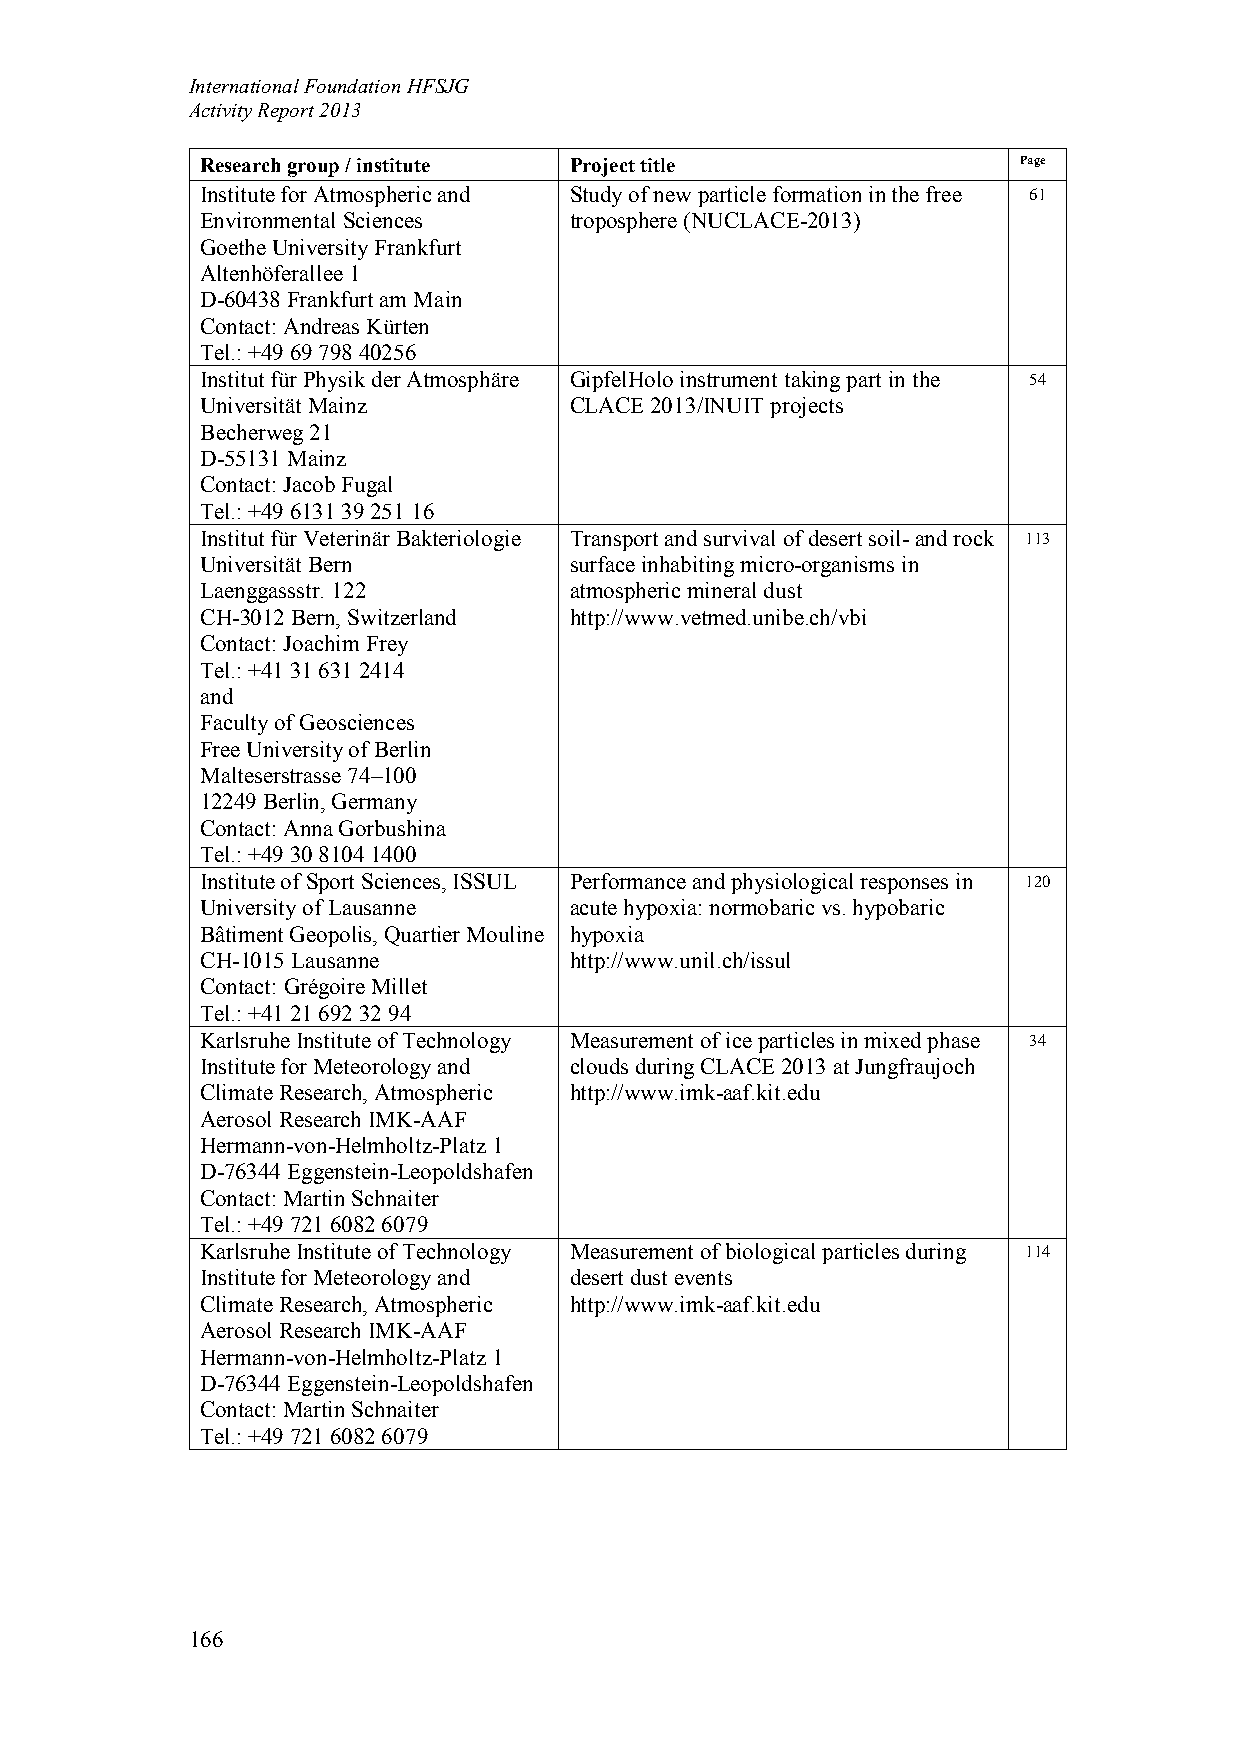
International Foundation HFSJG
 Activity Report 2013
 Research group / institute Project title              Page
 Institute for Atmospheric and Study of new particle formation in the free 61
 Environmental Sciences   troposphere (NUCLACE-2013)
 Goethe University Frankfurt
 Altenhöferallee 1
 D-60438 Frankfurt am Main
 Contact: Andreas Kürten
 Tel.: +49 69 798 40256
 Institut für Physik der Atmosphäre GipfelHolo instrument taking part in the 54
 Universität Mainz        CLACE 2013/INUIT projects
 Becherweg 21
 D-55131 Mainz
 Contact: Jacob Fugal
 Tel.: +49 6131 39 251 16
 Institut für Veterinär Bakteriologie Transport and survival of desert soil- and rock 113
 Universität Bern         surface inhabiting micro-organisms in
 Laenggassstr. 122        atmospheric mineral dust
 CH-3012 Bern, Switzerland http://www.vetmed.unibe.ch/vbi
 Contact: Joachim Frey
 Tel.: +41 31 631 2414
 and
 Faculty of Geosciences
 Free University of Berlin
 Malteserstrasse 74–100
 12249 Berlin, Germany
 Contact: Anna Gorbushina
 Tel.: +49 30 8104 1400
 Institute of Sport Sciences, ISSUL Performance and physiological responses in 120
 University of Lausanne   acute hypoxia: normobaric vs. hypobaric
 Bâtiment Geopolis, Quartier Mouline hypoxia
 CH-1015 Lausanne         http://www.unil.ch/issul
 Contact: Grégoire Millet
 Tel.: +41 21 692 32 94
 Karlsruhe Institute of Technology Measurement of ice particles in mixed phase 34
 Institute for Meteorology and clouds during CLACE 2013 at Jungfraujoch
 Climate Research, Atmospheric http://www.imk-aaf.kit.edu
 Aerosol Research IMK-AAF
 Hermann-von-Helmholtz-Platz 1
 D-76344 Eggenstein-Leopoldshafen
 Contact: Martin Schnaiter
 Tel.: +49 721 6082 6079
 Karlsruhe Institute of Technology Measurement of biological particles during 114
 Institute for Meteorology and desert dust events
 Climate Research, Atmospheric http://www.imk-aaf.kit.edu
 Aerosol Research IMK-AAF
 Hermann-von-Helmholtz-Platz 1
 D-76344 Eggenstein-Leopoldshafen
 Contact: Martin Schnaiter
 Tel.: +49 721 6082 6079
 166